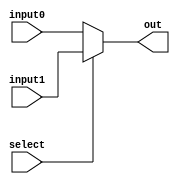
`timescale 1ns / 1ps
//////////////////////////////////////////////////////////////////////////////////
// Company: 
// Engineer: 
// 
// Design Name: 
// Module Name:    Mux_2_1 
// Project Name: 
// Target Devices: 
// Tool versions: 
// Description: 
//
// Dependencies: 
//
// Revision: 
// Revision 0.01 - File Created
// Additional Comments: 
//
//////////////////////////////////////////////////////////////////////////////////
module Mux_2_1(input1, input0, select, out);
	
	input  select;						// 1 bit
	input	 [15:0] input1, input0;	// 16 bit
	
	output [15:0] out;				// 16 bit
	
	assign out = (select) ? input1 : input0;
	
endmodule